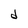
Character: d